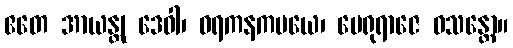
ဧတေ အာယန္တု ဒေဝါ၊ ဝရကနကမယေ၊ မေရုရာဇေ ဝသန္တော။